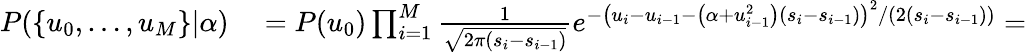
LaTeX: \begin{array}{rl}{P(\{ u_{0},\ldots,u_{M}\} |\alpha)}&{{}=P(u_{0})\prod_{i=1}^{M}\frac{1}{\sqrt{2\pi(s_{i}-s_{i-1})}}e^{-\left(u_{i}-u_{i-1}-\left(\alpha+u_{i-1}^{2}\right)\left(s_{i}-s_{i-1}\right)\right)^{2}/\left(2\left(s_{i}-s_{i-1}\right)\right)}=}\end{array}